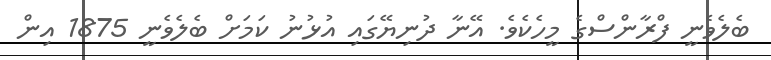
ބެލެވެނީ ފްރާންސްގެ މީހެކެވެ. އޭނާ ދުނިޔޭގައި އުޅުނު ކަމަށް ބެލެވެނީ 1875 އިން